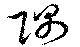
隅